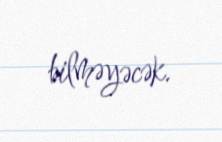
bilməyəcək.